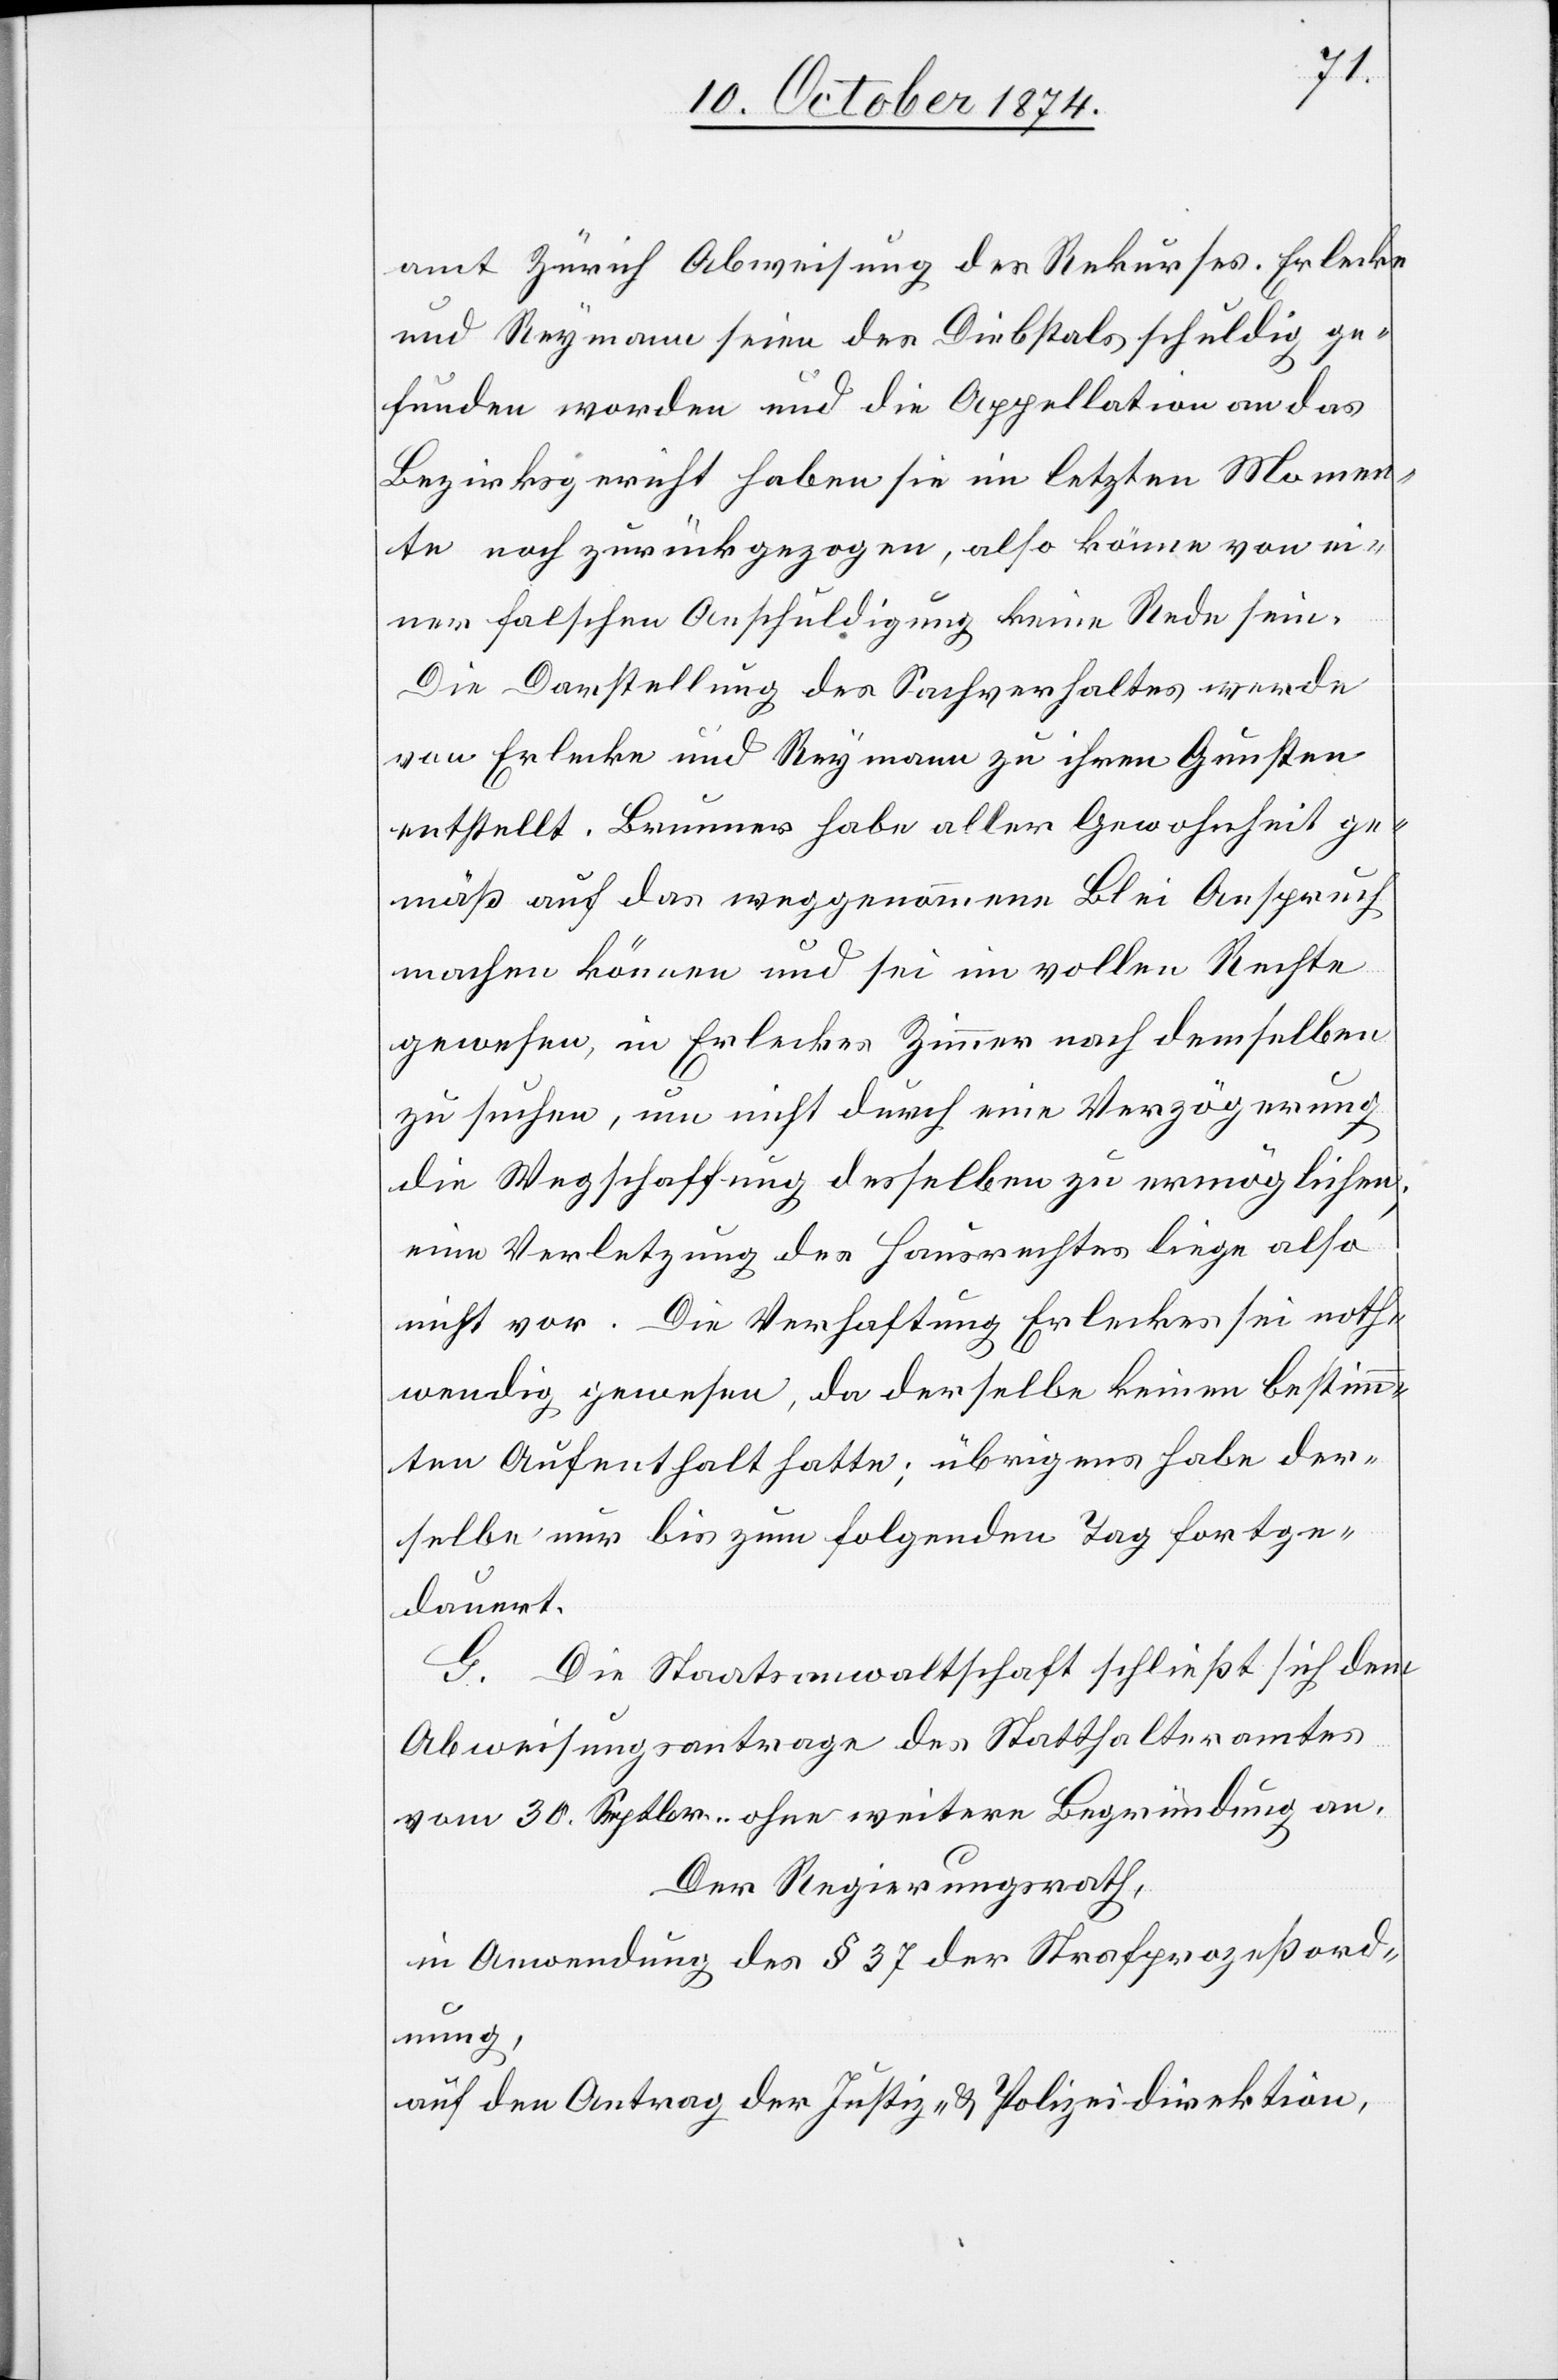
amt Zürich Abweisung des Rekurses. Erlecke
und Reymann seien des Diebstals schuldig ge¬
funden worden und die Appellation an das
Bezirksgericht haben sie im letzten Momen¬
te noch zurückgezogen, also könne von ei¬
ner falschen Anschuldigung keine Rede sein.
Die Darstellung des Sachverhaltes werde
von Erlecke und Reymann zu ihren Gunsten
entstellt. Brunner habe aller Gewohnheit ge¬
mäß auf das weggenommene Blei Anspruch
machen können und sei im vollen Rechte
gewesen, in Erleckes Zimmer nach demselben
zu suchen, um nicht durch eine Verzögerung
die Wegschaffung desselben zu ermöglichen;
eine Verletzung des Hausrechtes liege also
nicht vor. Die Verhaftung Erleckes sei noth¬
wendig gewesen, da derselbe keinen bestimm¬
ten Aufenthalt hatte; übrigens habe der¬
selbe nur bis zum folgenden Tag fortge¬
dauert.
G. Die Staatsanwaltschaft schließt sich dem
Abweisungsantrage des Statthalteramtes
vom 30. Septbr. ohne weitere Begründung an.
Der Regierungsrath,
in Anwendung des § 37 der Strafprozeßord¬
nung,
auf den Antrag der Justiz- & Polizeidirektion,